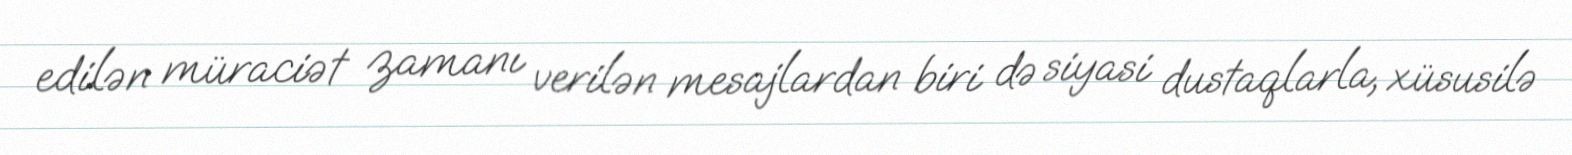
edilən müraciət zamanı verilən mesajlardan biri də siyasi dustaqlarla, xüsusilə